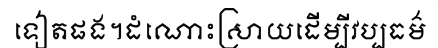
ទៀតផង។ដំណោះស្រាយដើម្បីវប្បធម៌